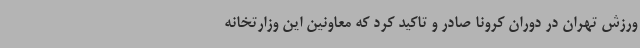
ورزش تهران در دوران کرونا صادر و تاکید کرد که معاونین این وزارتخانه